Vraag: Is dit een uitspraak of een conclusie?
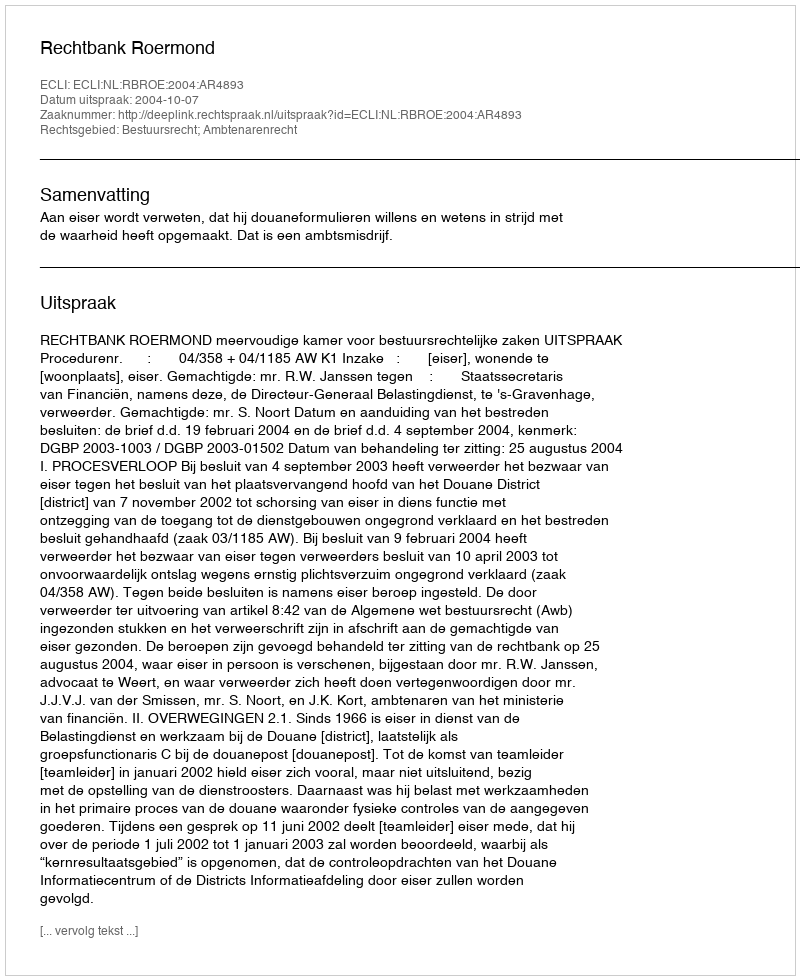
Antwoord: Uitspraak